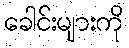
ခေါင်းများကို